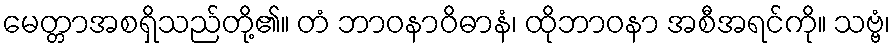
မေတ္တာအစရှိသည်တို့၏။ တံ ဘာဝနာဝိဓာနံ၊ ထိုဘာဝနာ အစီအရင်ကို။ သဗ္ဗံ၊